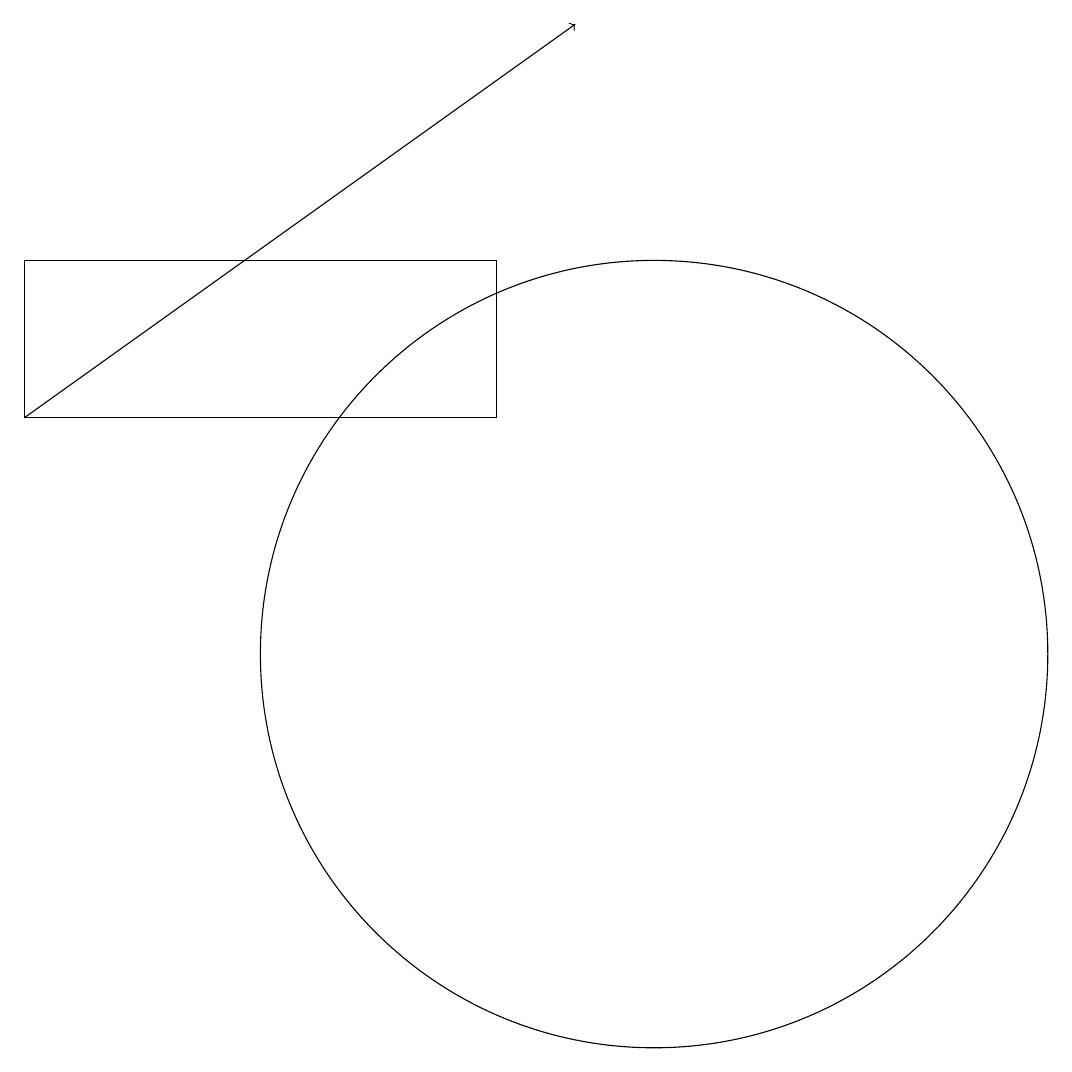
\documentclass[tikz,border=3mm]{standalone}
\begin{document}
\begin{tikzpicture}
\draw (8,14) rectangle (2,16);
\draw (10,11) circle (5);
\draw[->] (2,14) -- (9,19);
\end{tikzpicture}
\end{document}